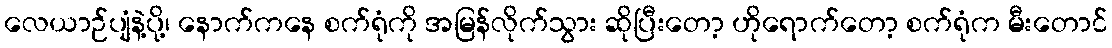
လေယာဉ်ပျံနဲ့ပို့၊ နောက်ကနေ စက်ရုံကို အမြန်လိုက်သွား ဆိုပြီးတော့ ဟိုရောက်တော့ စက်ရုံက မီးတောင်